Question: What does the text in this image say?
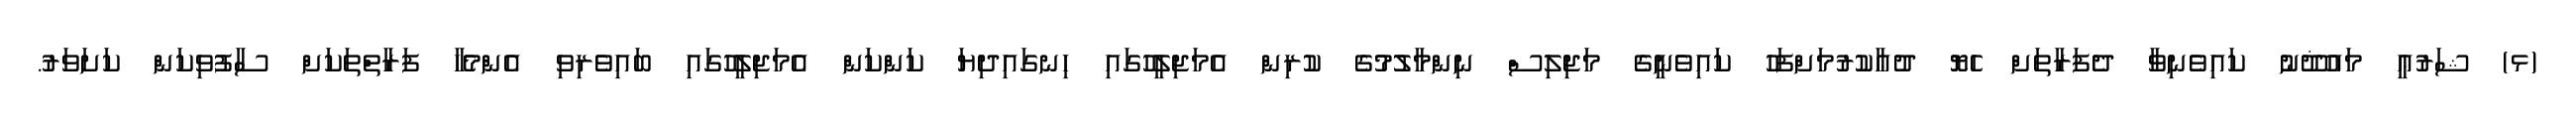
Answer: (ޅ) ޝަރުޢީ މައުޛޫނު ކައިވެނިވާ ދެފަރާތަށް ހެޔޮ ދުޢާކުރުމަށްފަހު ކައިވެނީގެ މަޖިލިސް ނިންމާލުމުގެ ކުރިން އެމަޖިލީހުގައި ހިނގައިދިޔަ ކަންކަން އެމަޖިލީހުގައި ބައިވެރިވި އެންމެހާ ފަރާތްތަކަށް ސާފުވިކަން ކަށަވަރު.